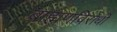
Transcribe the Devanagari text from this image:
ब्राह्मणविरोधी